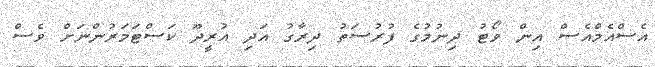
އެސްއެމްއެސް އިން ވޯޓު ދިނުމުގެ ފުރުސަތު ދިރާގު އަދި އުރީދޫ ކަސްޓަމަރުންނަށް ވެސް